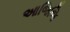
આજિજિ